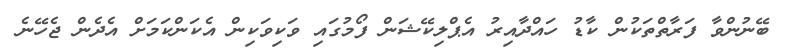
ބޭނުންވާ ފަރާތްތަކުން ކާޑު ހައްދާއިރު އެޕްލިކޭޝަން ފޯމުގައި ވަކިވަކިން އެކަންކަމަށް އެދެން ޖެހޭނެ